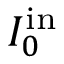
I _ { 0 } ^ { \mathrm { i n } }